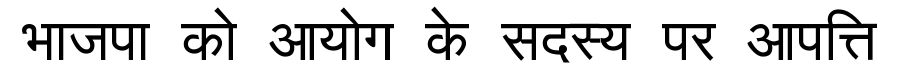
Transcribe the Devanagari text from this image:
भाजपा को आयोग के सदस्य पर आपत्ति